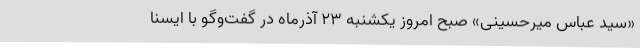
«سید عباس میرحسینی» صبح امروز یکشنبه 23 آذرماه در گفت‌وگو با ایسنا